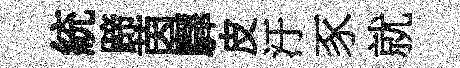
統蹄茵驛皮汙豕就